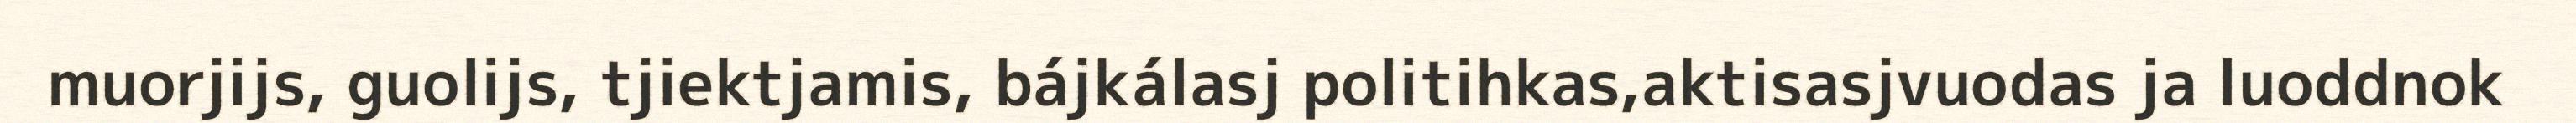
muorjijs, guolijs, tjiektjamis, bájkálasj politihkas,aktisasjvuodas ja luoddnok